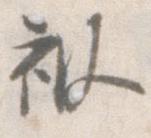
被